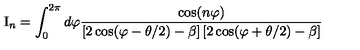
\mathrm { I } _ { n } = \int _ { 0 } ^ { 2 \pi } d \varphi \frac { \cos ( n \varphi ) } { \left[ 2 \cos ( \varphi - \theta / 2 ) - \beta \right] \left[ 2 \cos ( \varphi + \theta / 2 ) - \beta \right] }